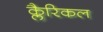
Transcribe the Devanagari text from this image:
क्लैरिकल